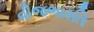
વીજભારતિ